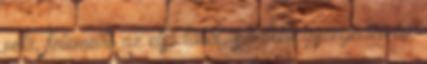
neki, fölemelte az első lábát, s rátette gyöngéden az